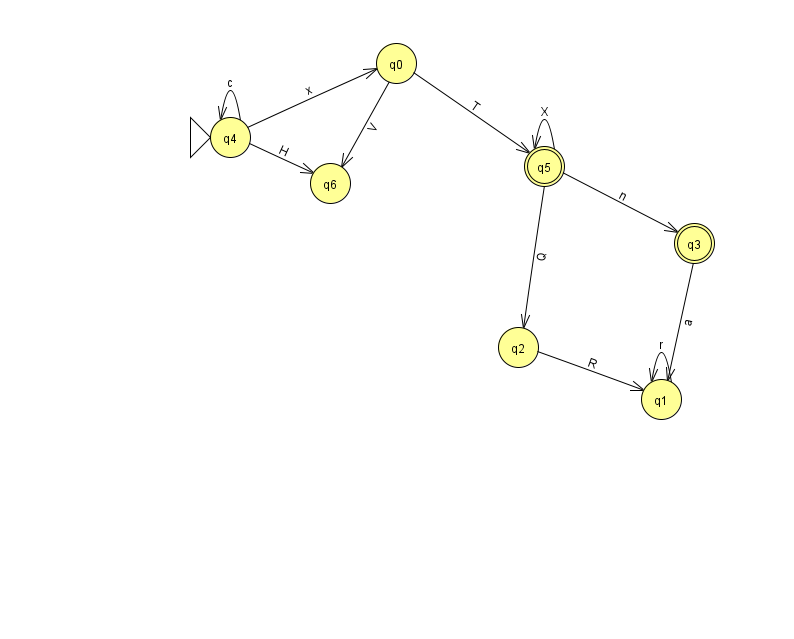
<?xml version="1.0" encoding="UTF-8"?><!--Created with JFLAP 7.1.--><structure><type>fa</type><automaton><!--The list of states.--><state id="0" name="q0"><x>396.0</x><y>50.0</y></state><state id="1" name="q1"><x>661.0</x><y>386.0</y></state><state id="2" name="q2"><x>518.0</x><y>334.0</y></state><state id="3" name="q3"><x>694.0</x><y>230.0</y><final/></state><state id="4" name="q4"><x>230.0</x><y>124.0</y><initial/></state><state id="5" name="q5"><x>544.0</x><y>153.0</y><final/></state><state id="6" name="q6"><x>330.0</x><y>170.0</y></state><!--The list of transitions.--><transition><from>1</from><to>1</to><read>r</read></transition><transition><from>4</from><to>6</to><read>H</read></transition><transition><from>5</from><to>2</to><read>Q</read></transition><transition><from>4</from><to>4</to><read>c</read></transition><transition><from>5</from><to>3</to><read>n</read></transition><transition><from>3</from><to>1</to><read>a</read></transition><transition><from>0</from><to>6</to><read>V</read></transition><transition><from>5</from><to>5</to><read>X</read></transition><transition><from>4</from><to>0</to><read>x</read></transition><transition><from>0</from><to>5</to><read>T</read></transition><transition><from>2</from><to>1</to><read>R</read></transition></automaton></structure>